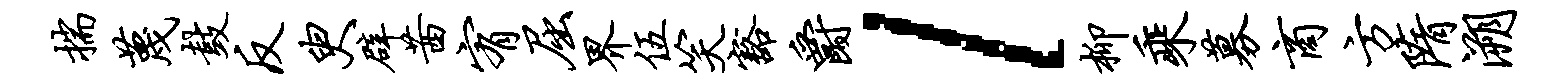
揣蔑鼓反臾辟茜宥屈界伍笑豁爵l柳乘募商方隋溯